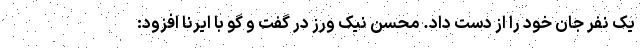
یک نفر جان خود را از دست داد. محسن نیک ورز در گفت و گو با ایرنا افزود: